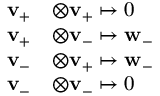
\begin{array} { r l } { \mathbf { v } _ { + } } & { \otimes \mathbf { v } _ { + } \mapsto 0 } \\ { \mathbf { v } _ { + } } & { \otimes \mathbf { v } _ { - } \mapsto \mathbf { w } _ { - } } \\ { \mathbf { v } _ { - } } & { \otimes \mathbf { v } _ { + } \mapsto \mathbf { w } _ { - } } \\ { \mathbf { v } _ { - } } & { \otimes \mathbf { v } _ { - } \mapsto 0 } \end{array}